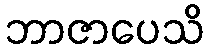
ဘာဇာပေသိ